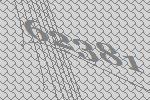
62381